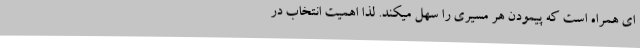
ای همراه است که پیمودن هر مسیری را سهل میکند. لذا اهمیت انتخاب در